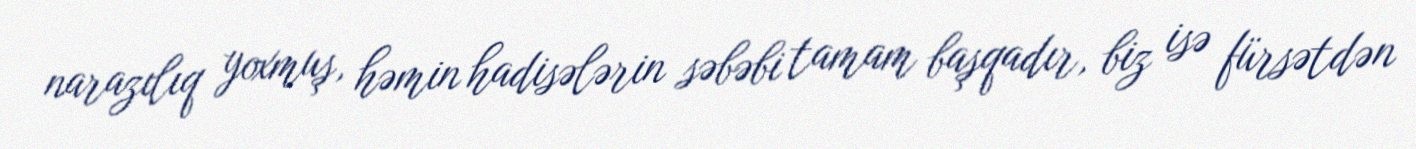
narazılıq yoxmuş, həmin hadisələrin səbəbi tamam başqadır, biz isə fürsətdən